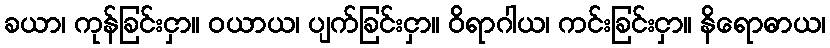
ခယာ၊ ကုန်ခြင်းငှာ။ ဝယာယ၊ ပျက်ခြင်းငှာ။ ဝိရာဂါယ၊ ကင်းခြင်းငှာ။ နိရောဓာယ၊